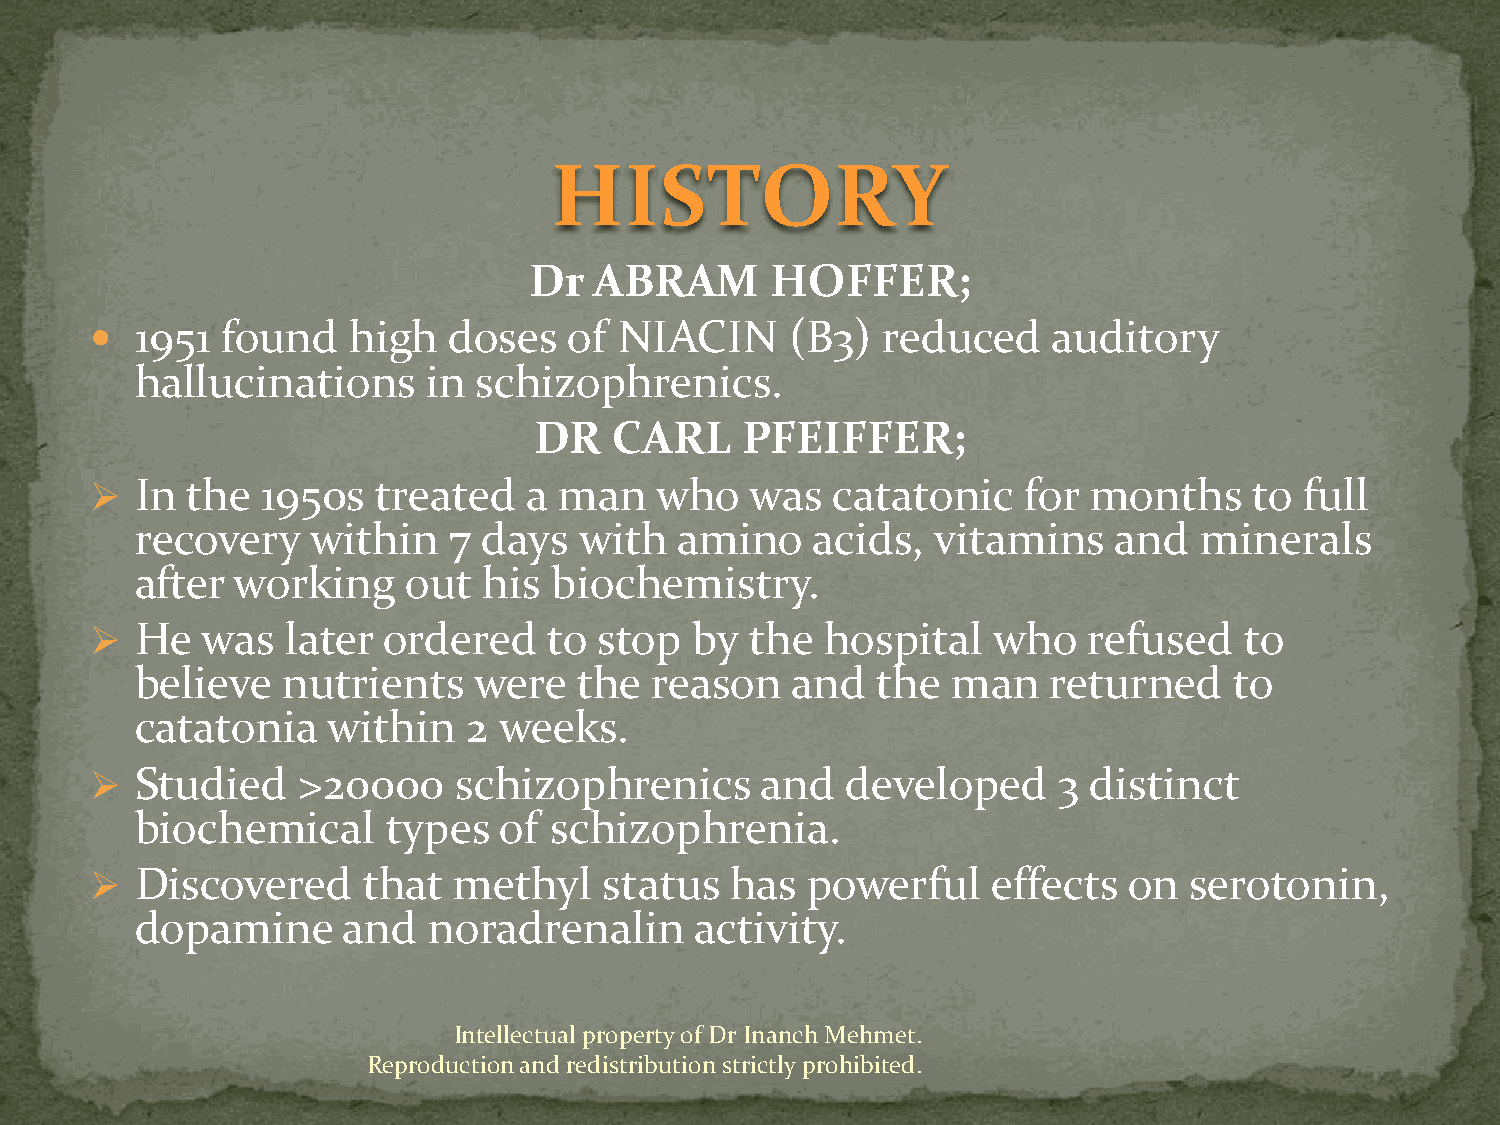
HISTORY
 Dr  ABRAM       HOFFER;
   1951  found   high   doses   of NIACIN     (B3)  reduced     auditory
 hallucinations     in  schizophrenics.
 DR    CARL    PFEIFFER;
   In the  1950s   treated   a man   who    was  catatonic    for months     to full
 recovery    within   7 days  with   amino    acids,  vitamins    and   minerals
 after  working    out  his  biochemistry.
   He  was   later ordered    to  stop  by  the  hospital   who   refused   to
 believe   nutrients   were   the  reason   and   the  man    returned    to
 catatonia    within   2 weeks.
   Studied    >20000    schizophrenics      and   developed     3 distinct
 biochemical      types  of schizophrenia.
   Discovered     that  methyl    status  has  powerful     effects  on  serotonin,
 dopamine      and  noradrenalin      activity.
 Intellectual property of Dr Inanch Mehmet.
 Reproduction and redistribution strictly prohibited.